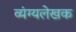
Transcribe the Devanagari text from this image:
व्यंग्यलेखक